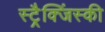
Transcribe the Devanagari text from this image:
स्ट्रैक्जिंस्की